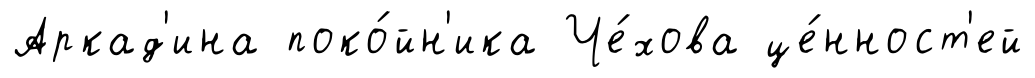
Аркад'ина поко́йн'ика Че́хова це́нност'ей